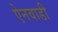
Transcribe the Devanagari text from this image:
ऐनवाडी